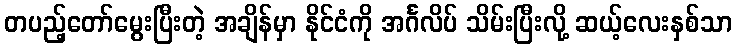
တပည့်တော်မွေးပြီးတဲ့ အချိန်မှာ နိုင်ငံကို အင်္ဂလိပ် သိမ်းပြီးလို့ ဆယ့်လေးနှစ်သာ